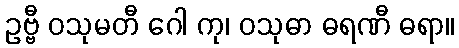
ဥဗ္ဗီ ဝသုမတီ ဂေါ ကု၊ ဝသုဓာ ဓရဏီ ဓရာ။